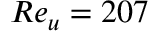
R e _ { u } = 2 0 7